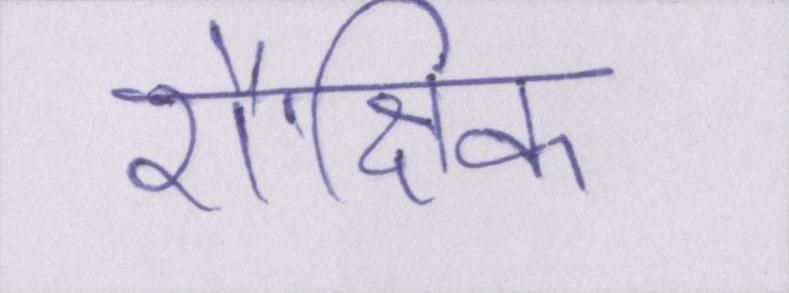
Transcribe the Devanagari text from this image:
शैक्षिक